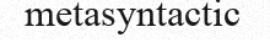
metasyntactic